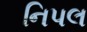
નિપલ